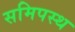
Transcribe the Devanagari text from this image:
समिपस्थ